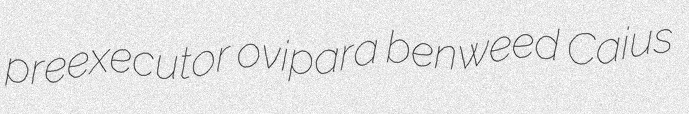
preexecutor ovipara benweed Caius